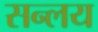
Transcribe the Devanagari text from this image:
सन्लय